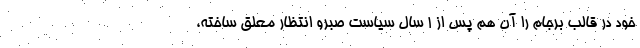
خود در قالب برجام را آن هم پس از 1 سال سیاست صبرو انتظار معلق ساخته،